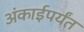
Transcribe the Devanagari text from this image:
अंकाईपर्यंत